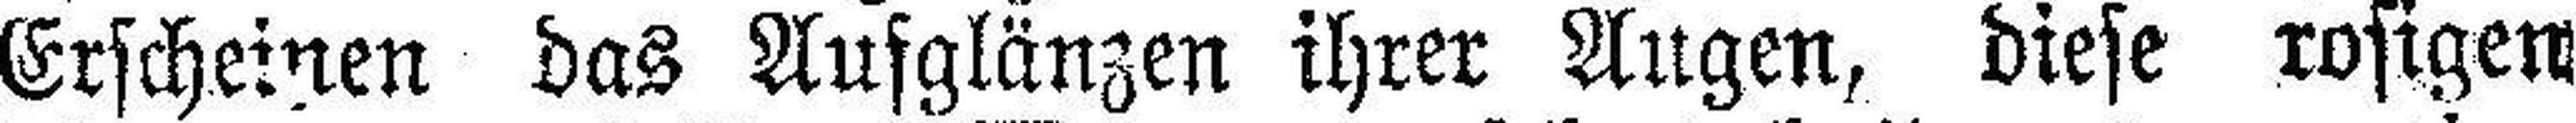
Erscheinen das Aufglänzen ihrer Augen, diese rosigen